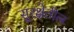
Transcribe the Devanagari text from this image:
सुरक्षेतील